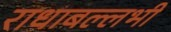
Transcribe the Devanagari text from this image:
राधाबल्लभी